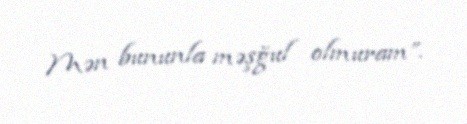
Mən bununla məşğul olmuram”.